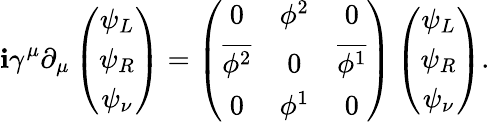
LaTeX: \mathbf{i}\gamma^{\mu}\partial_{\mu}\left(\begin{array}{c}{{\psi_{L}}}\\ {{\psi_{R}}}\\ {{\psi_{\nu}}}\end{array}\right)=\left(\begin{array}{ccc}{{0}}&{{\phi^{2}}}&{{0}}\\ {{\overline{{{\phi^{2}}}}}}&{{0}}&{{\overline{{{\phi^{1}}}}}}\\ {{0}}&{{\phi^{1}}}&{{0}}\end{array}\right)\left(\begin{array}{c}{{\psi_{L}}}\\ {{\psi_{R}}}\\ {{\psi_{\nu}}}\end{array}\right).